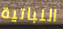
النباتية